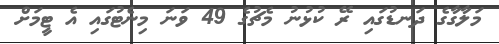
މަލާގާގެ ދަނޑުގައި ރޭ ކުޅުނު މެޗުގެ 49 ވަނަ މިނެޓުގައި އެ ޓީމަށް